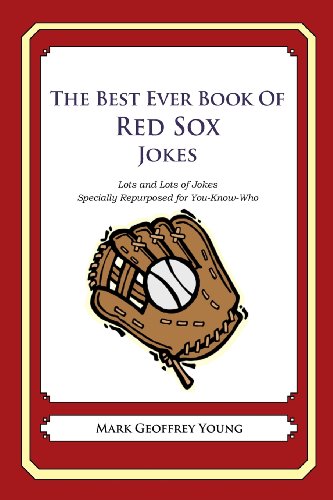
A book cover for The Best Ever Book of Red Sox Jokes: Lots and Lots of Jokes Specially Repurposed for You-Know-Who; Mark Geoffrey Young; Humor & Entertainment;